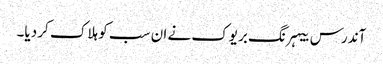
آندرس بیہرنگ بریوک نے ان سب کو ہلاک کر دیا۔